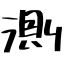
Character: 測